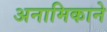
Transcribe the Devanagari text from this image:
अनामिकाने